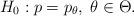
LaTeX: \begin{align*}H_{0}: p = p_{\theta}, \; \theta \in \Theta .\end{align*}